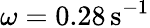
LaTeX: \omega=0.28\, \mathrm{s^{-1}}